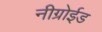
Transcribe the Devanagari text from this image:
नीग्रोईड